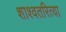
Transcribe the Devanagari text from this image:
शाश्वतरित्या